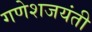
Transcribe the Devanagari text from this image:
गणेशजयंती